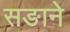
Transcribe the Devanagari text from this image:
सङाने